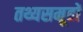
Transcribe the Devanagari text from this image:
तथ्यसमूहों